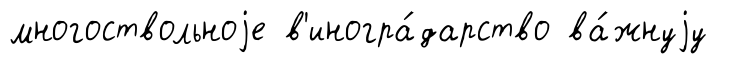
многоствольноjе в'иногра́дарство ва́жнуjу